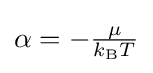
\alpha =-{\tfrac {\mu }{k_{\text{B}}T}}